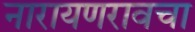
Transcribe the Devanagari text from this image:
नारायणरावचा